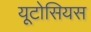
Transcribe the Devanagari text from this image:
यूटोसियस